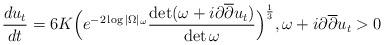
LaTeX: \begin{align*} \frac{du_t}{dt} = 6K \Big(e^{-2 \log |\Omega|_{\omega}} \frac{\det (\omega + i \partial \overline{\partial} u_t)}{\det \omega} \Big)^\frac{1}{3}, \omega + i \partial \overline{\partial} u_t > 0\end{align*}